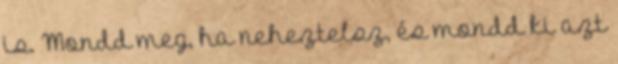
is. Mondd meg, ha neheztelsz, és mondd ki azt